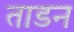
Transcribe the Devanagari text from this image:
ताडन